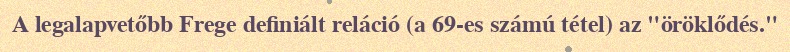
A legalapvetőbb Frege definiált reláció (a 69-es számú tétel) az "öröklődés."